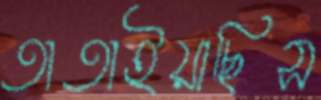
তাতাইয়াছিস